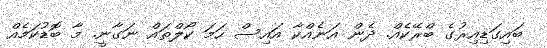
ބައިގަޑިިއިރުގެ ބްރޭކެއް. ދެން އަނެއްކާ އައިސް ހަމަ ކޯލްތައް ނަގާނީ. މާ ބޮޑުކަމެއް